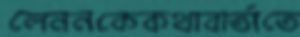
লেননকেকথাবার্তাতে